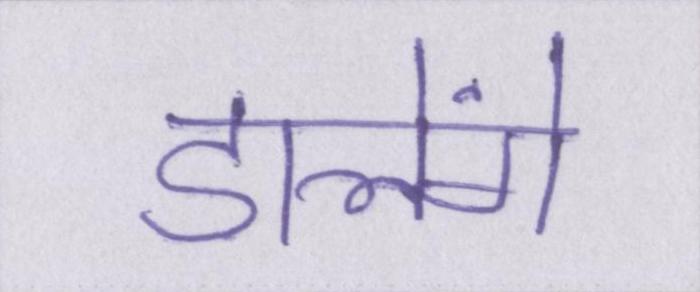
डालेंगे